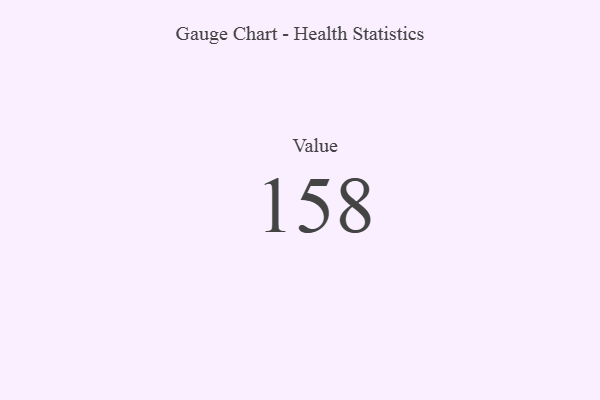
{"axis": {"x": "Metric", "y": "Value"}, "legend": [""], "data": [{"x": "Value", "y": 158, "type": ""}]}